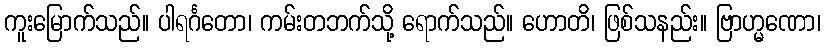
ကူးမြောက်သည်။ ပါရင်္ဂတော၊ ကမ်းတဘက်သို့ ရောက်သည်။ ဟောတိ၊ ဖြစ်သနည်း။ ဗြာဟ္မဏော၊